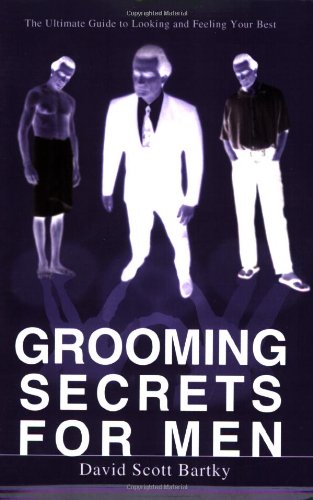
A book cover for GROOMING SECRETS FOR MEN: THE ULTIMATE GUIDE TO LOOKING AND FEELING YOUR BEST; David Bartky; Health, Fitness & Dieting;